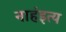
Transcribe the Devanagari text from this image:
नाहंइत्य